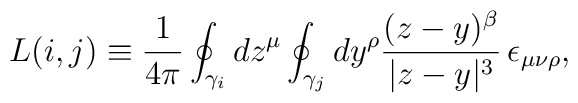
L(i,j) \equiv \frac1{4\pi}\oint_{\gamma_i}dz^{\mu}\oint_{\gamma_j}dy^{\rho}\frac{(z-y)^{\beta}}{|z-y|^{3}}\,\epsilon_{\mu\nu\rho},